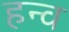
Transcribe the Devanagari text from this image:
हन्व